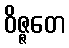
ဝိဇ္ဇတေ